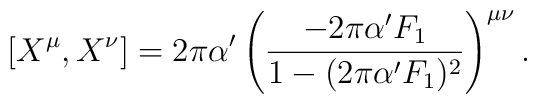
\left[ X^\mu, X^\nu \right] = 2\pi \alpha' \left( \frac{ -2\pi \alpha' F_1}{1-(2\pi\alpha' F_1)^2} \right)^{\mu\nu}.